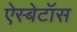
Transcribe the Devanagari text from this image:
ऐस्बेटॉस